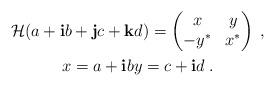
LaTeX: \begin{align*}\begin{gathered}\mathcal{H}(a+\mathbf{i}b+\mathbf{j}c+\mathbf{k}d)=\begin{pmatrix}x&y\\-y^*&x^*\end{pmatrix}\;,\\x=a+\mathbf{i}b y=c+\mathbf{i}d\;.\end{gathered}\end{align*}